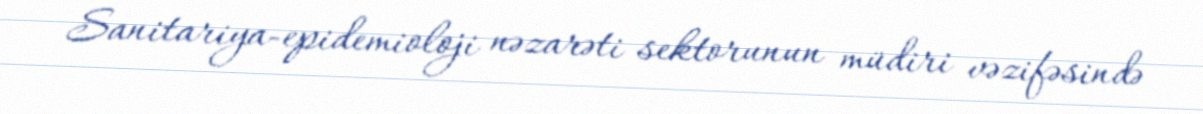
Sanitariya-epidemioloji nəzarəti sektorunun müdiri vəzifəsində